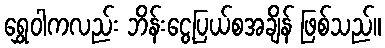
ရွှေဝါကလည်း ဘိန်းငွေ့ပြယ်စအချိန် ဖြစ်သည်။